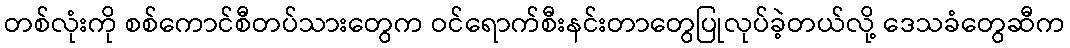
တစ်လုံးကို စစ်ကောင်စီတပ်သားတွေက ဝင်ရောက်စီးနင်းတာတွေပြုလုပ်ခဲ့တယ်လို့ ဒေသခံတွေဆီက